Reports on dispensaries and lunatic asylums in the Province of Oudh - 1869-1876
Year: 1869
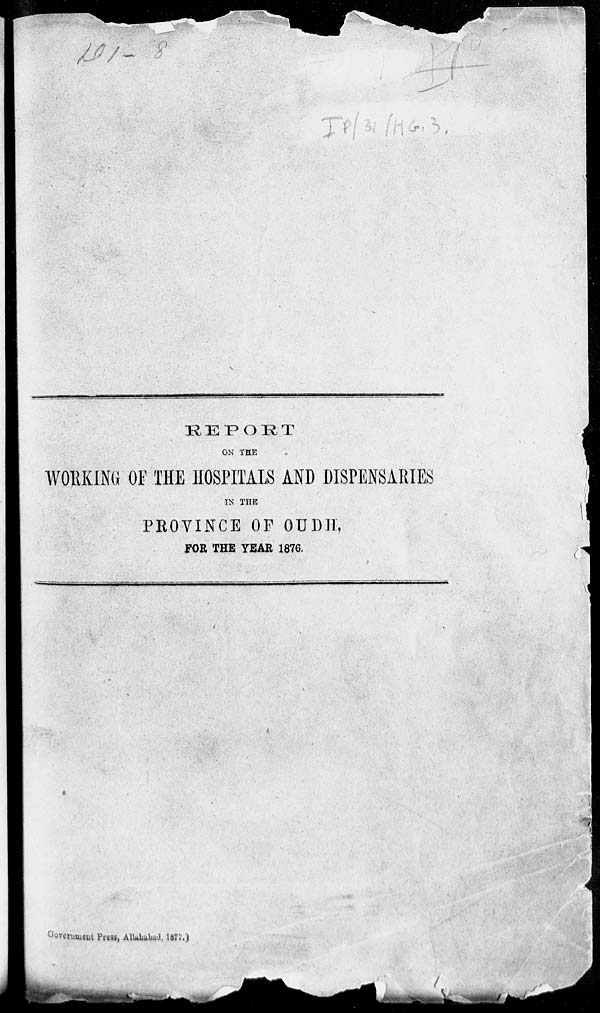
REPORT
ON THE
WORKING OF THE HOSPITALS AND DISPENSARIES
IN THE
PROVINCE OF OUDH,
FOR THE YEAR 1876.
Government Press, Allahabad, 1877.